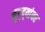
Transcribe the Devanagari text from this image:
मुद्‌द्‌यांवर